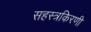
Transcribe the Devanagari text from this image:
सहस्त्रकिरणी